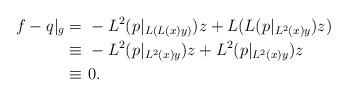
LaTeX: \begin{align*}f-q|_g =&\ -L^2(p|_{L(L(x)y)}) z + L(L(p|_{L^2(x)y}) z) \\\equiv&\ -L^2(p|_{L^2(x)y}) z + L^2(p|_{L^2(x)y}) z\\\equiv&\ 0.\end{align*}